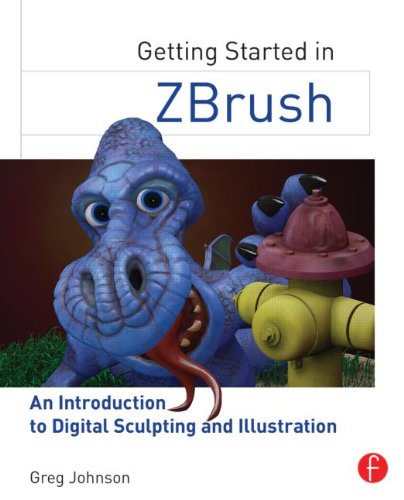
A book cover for Getting Started in ZBrush: An Introduction to Digital Sculpting and Illustration; Greg Johnson; Arts & Photography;